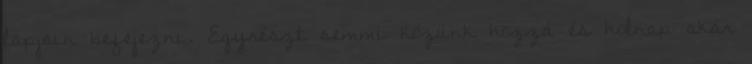
lapjain befejezni. Egyrészt semmi közünk hozzá és holnap akár